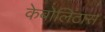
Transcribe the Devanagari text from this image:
केबोलिटास